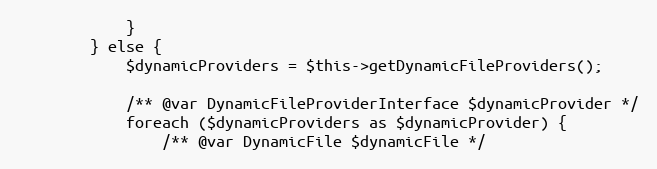
Language: PHP
            }
        } else {
            $dynamicProviders = $this->getDynamicFileProviders();

            /** @var DynamicFileProviderInterface $dynamicProvider */
            foreach ($dynamicProviders as $dynamicProvider) {
                /** @var DynamicFile $dynamicFile */